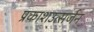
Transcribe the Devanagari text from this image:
प्रकाशउत्सर्जन